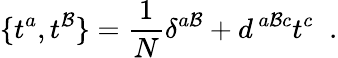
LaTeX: \{ t^{a},t^{\mathcal{B}}\} ={\frac{{1}}{{N}}}\delta^{a\mathcal{B}}+d^{\, a\mathcal{B}c}t^{c}\; \; .